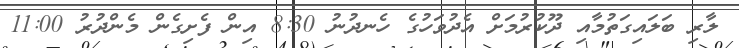
ލާރި ބަލައިގަތުމާއި ދޫކުރުމަށް އެދުވަހުގެ ހެނދުނު 8:30 އިން ފެށިގެން މެންދުރު 11:00